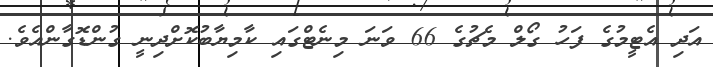
އަދި އެޓީމުގެ ފަހު ގޯލް މެޗުގެ 66 ވަނަ މިނެޓްގައި ކާމިޔާބުކޮށްދިނީ ގުންޑޮގާންއެވެ.